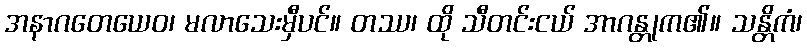
အနာဂတေယေဝ၊ မလာသေးမှီပင်။ တဿ၊ ထို သီတင်းငယ် အာဂန္တုက၏။ သန္တိကံ၊